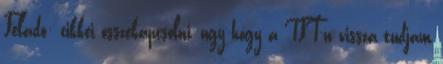
Feladó: cikkei osszekapcsolni, ugy hogy a TFT-n vissza tudjam